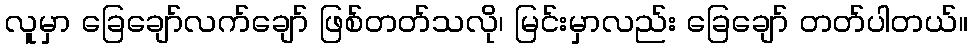
လူမှာ ခြေချော်လက်ချော် ဖြစ်တတ်သလို၊ မြင်းမှာလည်း ခြေချော် တတ်ပါတယ်။